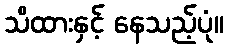
သိထားနှင့် နေသည့်ပုံ။